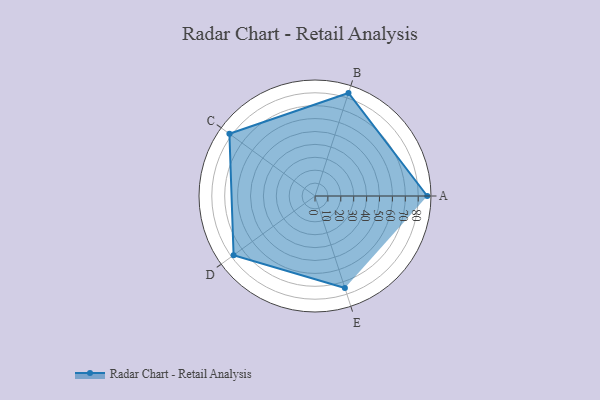
{"axis": {"x": "Skill", "y": "Score"}, "legend": ["Profile"], "data": [{"x": "A", "y": 87.0, "type": "Profile"}, {"x": "B", "y": 84.0, "type": "Profile"}, {"x": "C", "y": 82.0, "type": "Profile"}, {"x": "D", "y": 78.0, "type": "Profile"}, {"x": "E", "y": 75.0, "type": "Profile"}]}